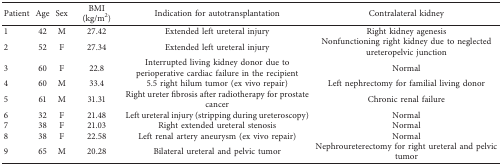
| Patient | Age | Sex | BMI (kg/m2) | Indication for autotransplantation | Contralateral kidney |
 | --- | --- | --- | --- | --- | --- |
 | 1 | 42 | M | 27.42 | Extended left ureteral injury | Right kidney agenesis |
 | 2 | 52 | F | 27.34 | Extended left ureteral injury | Nonfunctioning right kidney due to neglected ureteropelvic junction |
 | 3 | 60 | F | 22.8 | Interrupted living kidney donor due to perioperative cardiac failure in the recipient | Normal |
 | 4 | 60 | M | 33.4 | 5.5 right hilum tumor (ex vivo repair) | Left nephrectomy for familial living donor |
 | 5 | 61 | M | 31.31 | Right ureter fibrosis after radiotherapy for prostate cancer | Chronic renal failure |
 | 6 | 32 | F | 21.48 | Left ureteral injury (stripping during ureteroscopy) | Normal |
 | 7 | 38 | F | 21.03 | Right extended ureteral stenosis | Normal |
 | 8 | 38 | F | 22.58 | Left renal artery aneurysm (ex vivo repair) | Normal |
 | 9 | 65 | M | 20.28 | Bilateral ureteral and pelvic tumor | Nephroureterectomy for right ureteral and pelvic tumor |